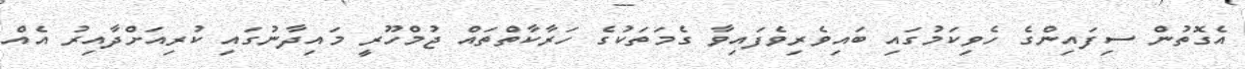
އެގޮތުން ސިފައިންގެ ހެވިކަމުގައި ބައިވެރިވެފައިވާ ގެމަތަކުގެ ހަރާކާތްތައް ޖުމްހޫރީ މައިދާނުގައި ކުރިއަށްދާއިރު އެއް